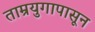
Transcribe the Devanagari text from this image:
ताम्रयुगापासून